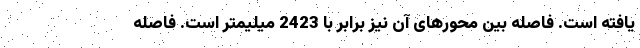
یافته است. فاصله بین محورهای آن نیز برابر با 2423 میلیمتر است. فاصله